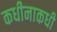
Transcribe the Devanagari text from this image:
कधीनाकधी